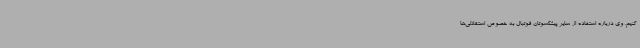
کنیم. وی درباره استفاده از سایر پیشکسوتان فوتبال به خصوص استقلالی‌ها